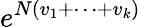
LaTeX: e^{N(v_{1}+\cdots+v_{k})}